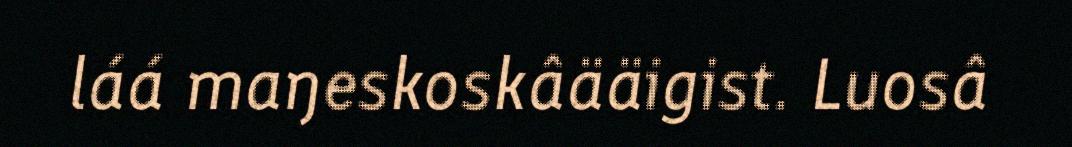
láá maŋeskoskâääigist. Luosâ